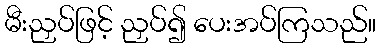
မီးညှပ်ဖြင့် ညှပ်၍ ပေးအပ်ကြသည်။